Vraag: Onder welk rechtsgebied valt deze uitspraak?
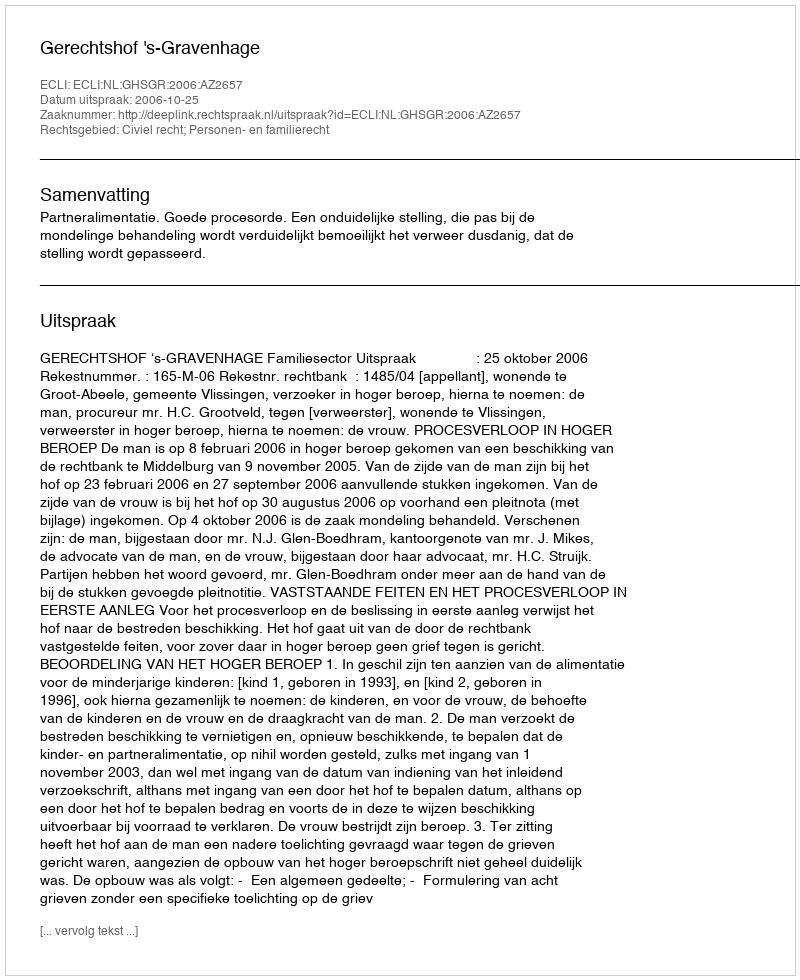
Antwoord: Civiel recht; Personen- en familierecht